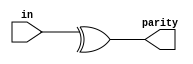
// problem : https://hdlbits.01xz.net/wiki/Reduction
// & a[3:0]     // AND: a[3]&a[2]&a[1]&a[0]. Equivalent to (a[3:0] == 4'hf)
// | b[3:0]     // OR:  b[3]|b[2]|b[1]|b[0]. Equivalent to (b[3:0] != 4'h0)
// ^ c[2:0]     // XOR: c[2]^c[1]^c[0]
// XNOR gates, e.g., (~& d[7:0]).

module top_module (
    input [7:0] in,
    output parity);
    assign parity = ^in[7:0];
endmodule